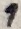
Text: 1